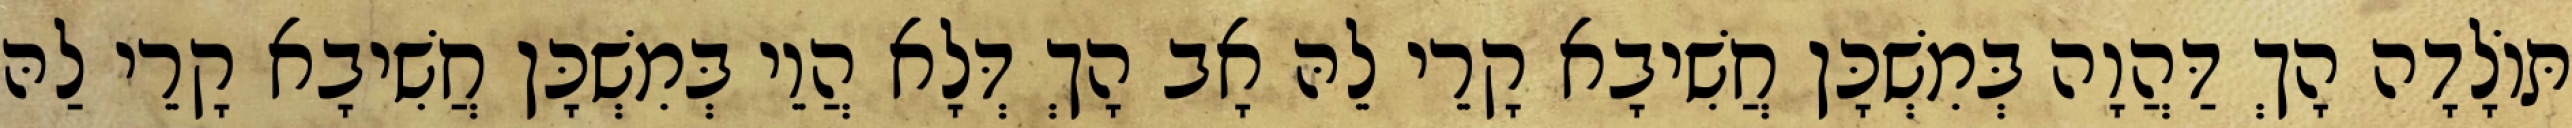
תּוֹלָדָה הָךְ דַּהֲוָה בְּמִשְׁכָּן חֲשִׁיבָא קָרֵי לֵהּ אָב הָךְ דְּלָא הֲוֵי בְּמִשְׁכָּן חֲשִׁיבָא קָרֵי לַהּ